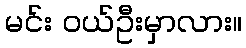
မင်း ဝယ်ဦးမှာလား။